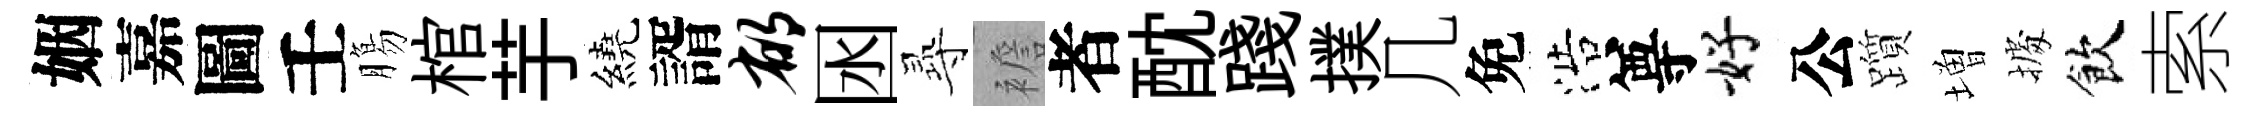
姻嘉圖壬膓棺芋繞諝郁囦𡬶襜者酖踐撲几免浩尊好公躓増𢴃飲索